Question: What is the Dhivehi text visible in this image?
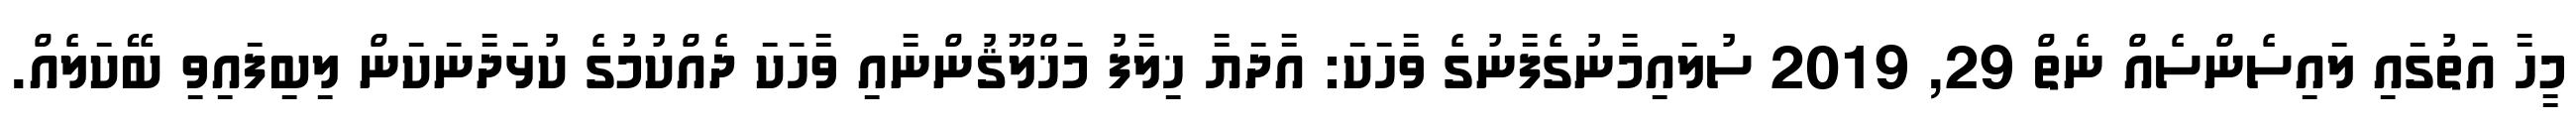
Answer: މީހާ އަތުގައި ލައިސެންސެއް ނެތް 29, 2019 ސުލައިމާނުގެފާނުގެ ވާހަކަ: އާދަޔާ ޚިލާފު މަޚްލޫޤުންނާއި ވާހަކަ ދެއްކުމުގެ ކުޅަދާނަކަން ލިބިފައިވި ބޭކަލެއް.